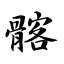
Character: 髂